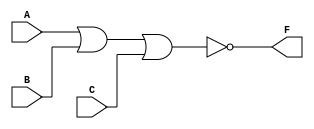
`timescale 1ns / 1ps
//////////////////////////////////////////////////////////////////////////////////
// Company: 
// Engineer: 
// 
// Design Name: 
// Module Name: PartTwoProject2
// Project Name: 
// Target Devices: 
// Tool Versions: 
// Description: 
// 
// Dependencies: 
// 
// Revision:
// Revision 0.01 - File Created
// Additional Comments:
// 
//////////////////////////////////////////////////////////////////////////////////


module PartTwoProject2(
    input A,
    input B,
    input C,
    output F
    );
    nor(F, A, B, C);
endmodule